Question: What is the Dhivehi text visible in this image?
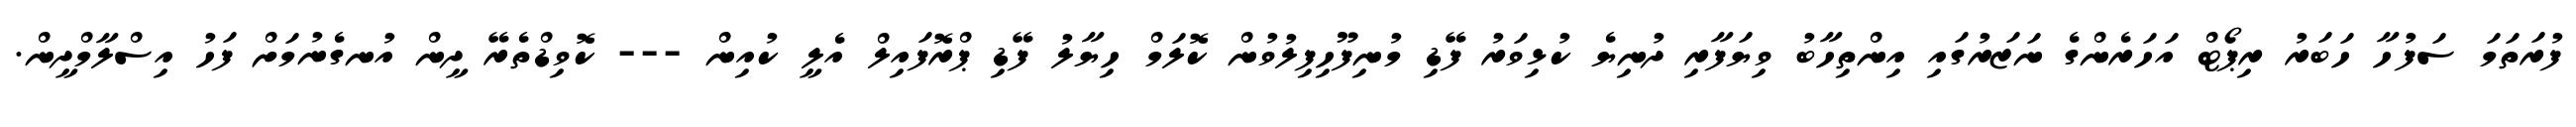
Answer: ފުރަތަމަ ސަފުހާ ހަބަރު ރިޕޯޓް އަހަރެންގެ ނަޒަރުގައި އިންތިހާބު ވިޔަފާރި ދުނިޔެ ކުޅިވަރު ފޭޑި މުނިފޫހިފިލުވުން ކޮލަމް ހިޔާލު ފޭޑި ޕްރޮފައިލް އެލީ ކުއިން --- ކޮވިޑްތެރޭ ދީން އުނގެނުމަށް ފަހު އިސްލާމްދީން.